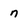
Character: n